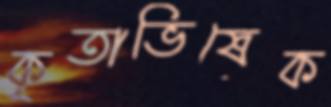
কৃতাভিষেক